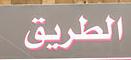
الطريق